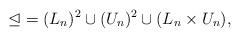
LaTeX: \begin{align*}{\trianglelefteq} = (L_n)^2 \cup (U_n)^2 \cup (L_n \times U_n),\end{align*}